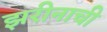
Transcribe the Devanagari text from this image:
झरीनाची